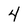
Character: 4